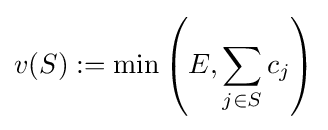
v(S):=\min \left(E,\sum _{j\in S}c_{j}\right)